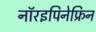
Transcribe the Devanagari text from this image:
नॉरइपिनेफ्रिन